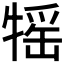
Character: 𤚭